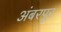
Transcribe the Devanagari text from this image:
अंबरपूर